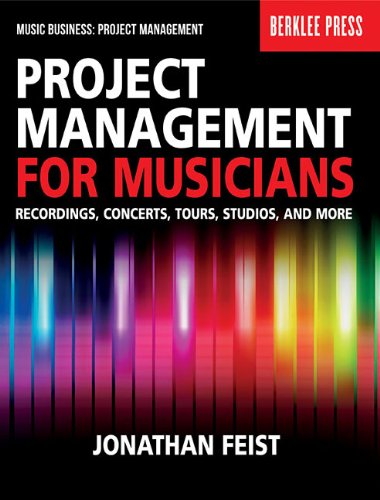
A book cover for Project Management for Musicians: Recordings, Concerts, Tours, Studios, and More (Music Business: Project Management); Jonathan Feist; Arts & Photography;